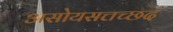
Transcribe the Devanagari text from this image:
असोयसत्तच्छदं